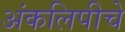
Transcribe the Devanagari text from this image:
अंकलिपीचे